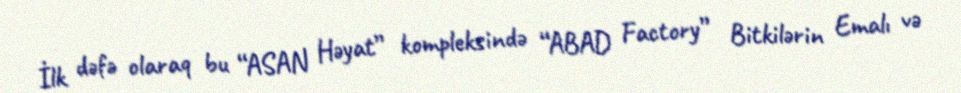
İlk dəfə olaraq bu “ASAN Həyat” kompleksində “ABAD Factory” Bitkilərin Emalı və